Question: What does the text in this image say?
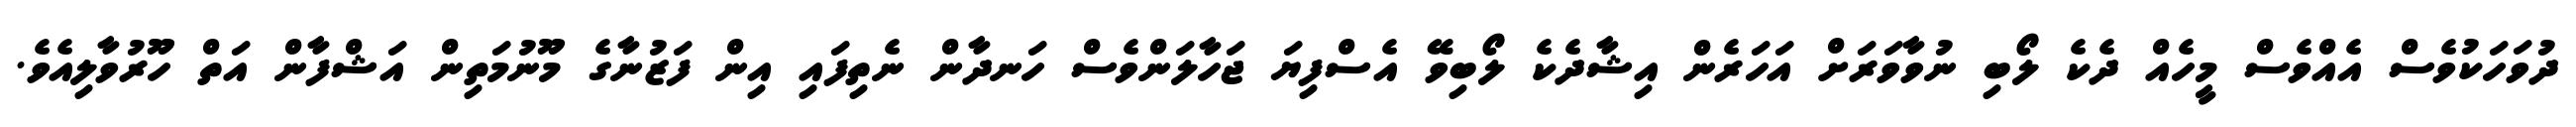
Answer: ދުވަހަކުވެސް އެއްވެސް މީހެއް ދެކެ ލޯބި ނުވާވަރަށް އަހަރެން އިޝާދެކެ ލޯބިވޭ އެސްފިޔަ ޖަހާލަންވެސް ހަނދާން ނެތިފައި އިން ފަޒުނާގެ މޫނުމަތިން އަޝްފާން އަތް ހޫރުވާލިއެވެ.